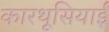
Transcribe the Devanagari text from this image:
कारथूसियाई